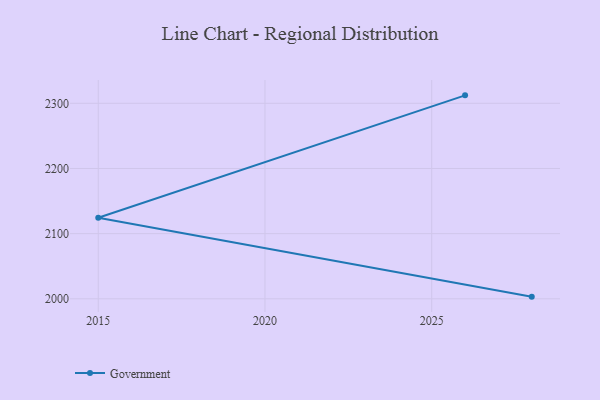
{"axis": {"x": "Year", "y": "Customer Acquisition Cost (USD)"}, "legend": ["Government"], "data": [{"x": "2026", "y": 2312.2, "type": "Government"}, {"x": "2015", "y": 2124.4, "type": "Government"}, {"x": "2028", "y": 2003.3, "type": "Government"}]}